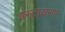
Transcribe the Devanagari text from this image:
हस्ताक्षरण